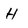
Character: H